Vaccination report Assam 1896-1927 - 1896-1927
Year: 1896
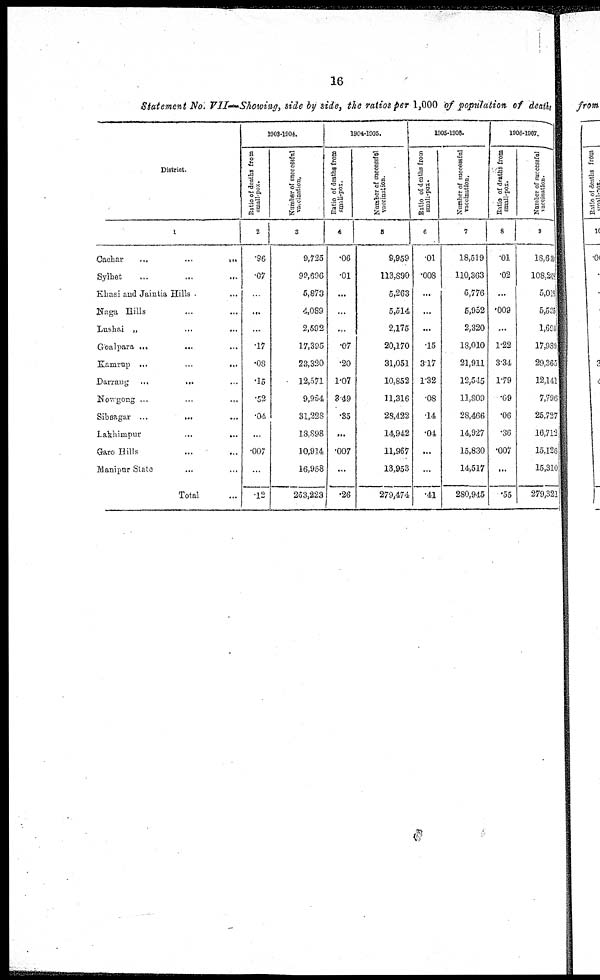
16
Statement No. VII—Showing, side by side, the ratios per 1,000 of population of deaths
District.
1
Oachar
...
...
...
Sylhet ... ... ...
Khasi and Jaintia Hills ... ...
Naga Hills ... ...
Lushai „ ... ...
Goalpara ... ... ...
Kamrup ...
...
...
Darrang ...
... ...
Nowgong ...
...
...
Sibsagar ...
...
...
Lakhimpur
...
...
Garo Hills ... ...
Manipur State ... ...
Total ...
1903-1904.
Ratio of deaths from
small-pox.
2
.96
.07
...
...
...
.17
.08
.15
.52
.04
...
.007
...
.12
Number of successful
vaccination.
3
9,725
99,696
5,873
4,089
2,592
17,395
23,320
12,571
9,964
31,228
18,898
10,914
16,958
263,223
1904-1905.
Ratio of deaths from
small-pox.
4
.06
.01
...
...
...
.07
.20
1.07
3.49
.35
...
.007
...
.26
Number of successful
vaccination.
5
9,959
113,890
5,263
5,514
2,175
20,170
31,051
10,852
11,316
28,422
14,942
11,967
13,953
279,474
1905-1906.
Ratio of deaths from
small-pox.
6
.01
.008
...
...
...
.15
3.17
1.32
.08
.14
.04
...
...
.41
Number of successful
vaccination.
7
18,519
110,363
5,776
5,952
2,320
18,010
21,911
12,545
11,809
28,466
14,927
15,830
14,517
280,945
1906-1907.
Ratio of deaths from
small-pox.
8
.01
.02
...
.009
...
1.22
3.34
1.79
.09
.06
.36
.007
...
.55
Number of successful
vaccination.
9
18,640
108,268
5,018
5,525
1,694
17,989
29,365
12,141
7,796
25,727
16,713
15,126
15,310
279,321